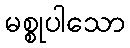
မစ္စုပါသော